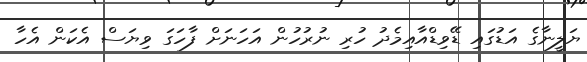
ޔަލީނާގެ އަޑުގައި ޑޭވިޑްއާއިމެދު ހުރި ނުރުހުން އަހަނަށް ފާހަގަ ވިޔަސް އެކަން އެހާ